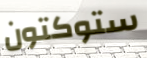
ستوكتون